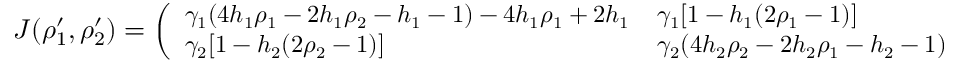
\small J ( \rho _ { 1 } ^ { \prime } , \rho _ { 2 } ^ { \prime } ) = \left( \begin{array} { l l } { \gamma _ { 1 } ( 4 h _ { 1 } \rho _ { 1 } - 2 h _ { 1 } \rho _ { 2 } - h _ { 1 } - 1 ) - 4 h _ { 1 } \rho _ { 1 } + 2 h _ { 1 } } & { \gamma _ { 1 } [ 1 - h _ { 1 } ( 2 \rho _ { 1 } - 1 ) ] } \\ { \gamma _ { 2 } [ 1 - h _ { 2 } ( 2 \rho _ { 2 } - 1 ) ] } & { \gamma _ { 2 } ( 4 h _ { 2 } \rho _ { 2 } - 2 h _ { 2 } \rho _ { 1 } - h _ { 2 } - 1 ) - 4 h _ { 2 } \rho _ { 2 } + 2 h _ { 2 } } \end{array} \right)